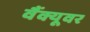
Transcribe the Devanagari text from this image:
वैंक्यूवर